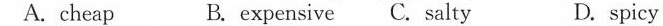
A. cheap B. expensive C. salt D.spicy